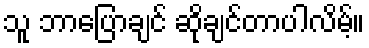
သူ ဘာပြောချင် ဆိုချင်တာပါလိမ့်။